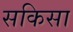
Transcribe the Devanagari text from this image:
सकिसा